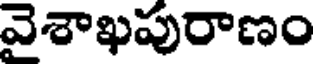
వెశాఖపురాణం